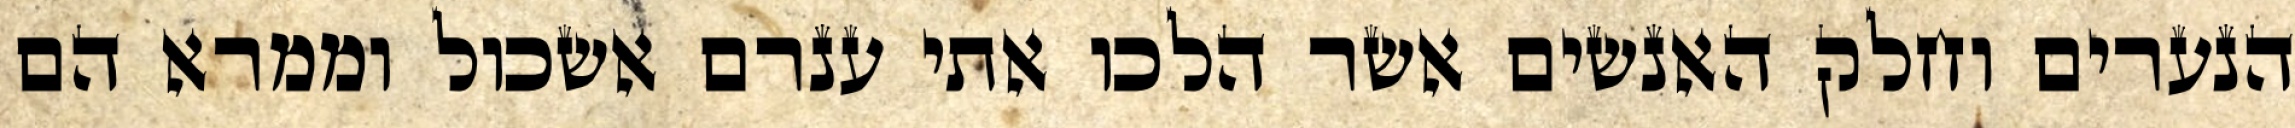
הנערים וחלק האנשים אשר הלכו אתי ענרם אשכול וממרא הם